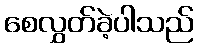
စေလွှတ်ခဲ့ပါသည်